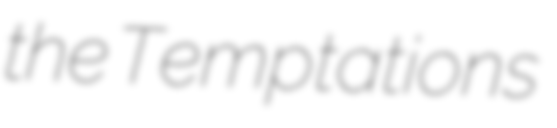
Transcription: the Temptations